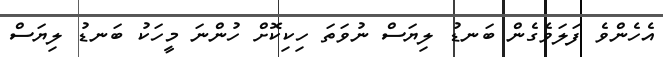
އެހެންވެ ފަލަވެގެން ބަނޑު ލިޔަސް ނުވަތަ ހިކިކޮށް ހުންނަ މީހަކު ބަނޑު ލިޔަސް